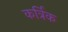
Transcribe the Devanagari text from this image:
कर्त्रिक